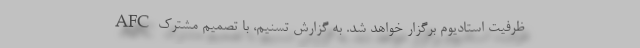
ظرفیت استادیوم برگزار خواهد شد. به گزارش تسنیم، با تصمیم مشترک AFC